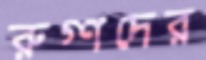
রুগ্ণদের